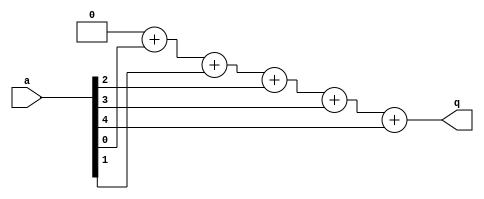
module ex12(q , a);
   output [2:0] q;
   reg [2:0] 	q, tmp;
   input [4:0] 	a;
   integer 	i;  
   always @(*) begin
      tmp = 0;
      tmp = tmp + a[0];
      tmp = tmp + a[1];
      tmp = tmp + a[2];
      tmp = tmp + a[3];
      tmp = tmp + a[4];
      q = tmp;
   end
endmodule